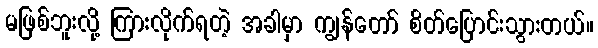
မဖြစ်ဘူးလို့ ကြားလိုက်ရတဲ့ အခါမှာ ကျွန်တော် စိတ်ပြောင်းသွားတယ်။